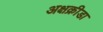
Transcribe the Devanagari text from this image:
अक्षक्रीडा